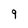
Character: 9